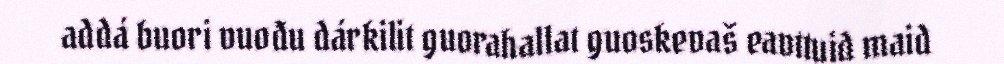
addá buori vuođu dárkilit guorahallat guoskevaš eavttuid maid